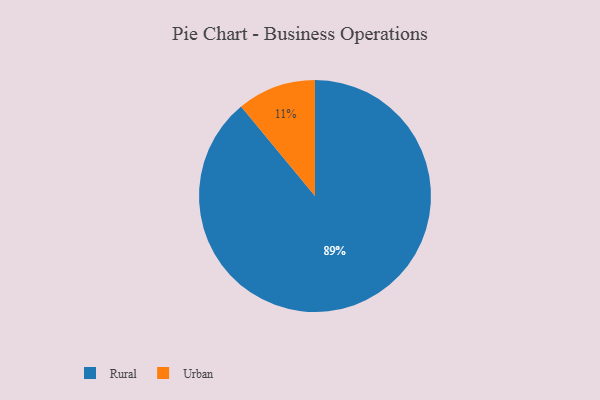
{"axis": {"x": "Category", "y": "Percentage"}, "legend": ["Rural", "Urban"], "data": [{"x": "Urban", "y": 11, "type": "Urban"}, {"x": "Rural", "y": 89, "type": "Rural"}]}